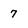
Character: 7